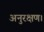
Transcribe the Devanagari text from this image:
अनुरक्षण।